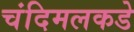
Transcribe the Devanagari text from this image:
चंदिमलकडे